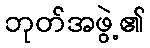
ဘုတ်အဖွဲ့၏